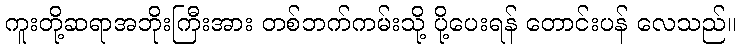
ကူးတို့ဆရာအဘိုးကြီးအား တစ်ဘက်ကမ်းသို့ ပို့ပေးရန် တောင်းပန် လေသည်။